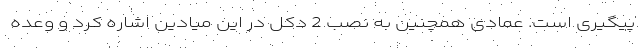
پیگیری است. عمادی همچنین به نصب 2 دکل در این میادین اشاره کرد و وعده